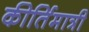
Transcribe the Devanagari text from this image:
कीर्तिमात्री